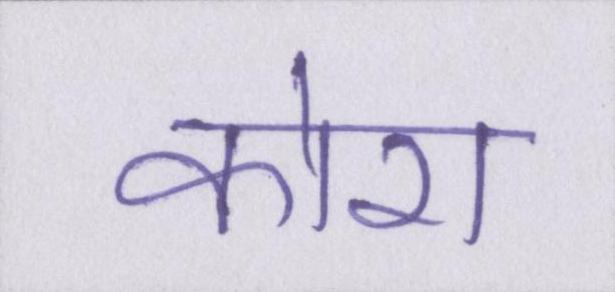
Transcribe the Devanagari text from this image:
कोरा